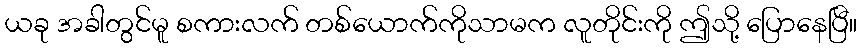
ယခု အခါတွင်မူ စကားလက် တစ်ယောက်ကိုသာမက လူတိုင်းကို ဤသို့ ပြောနေပြီ။